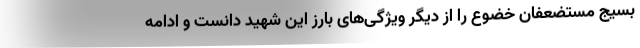
بسیج مستضعفان خضوع را از دیگر ویژگی‌های بارز این شهید دانست و ادامه